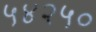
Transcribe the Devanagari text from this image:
५४२५०